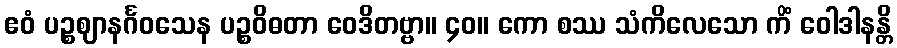
ဧဝံ ပဉ္စဈာနင်္ဂဝသေန ပဉ္စဝိဓတာ ဝေဒိတဗ္ဗာ။ ၄၀။ ကော စဿ သံကိလေသော ကိံ ဝေါဒါနန္တိ